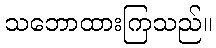
သဘောထားကြသည်။